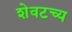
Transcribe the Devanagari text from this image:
शेवटच्य